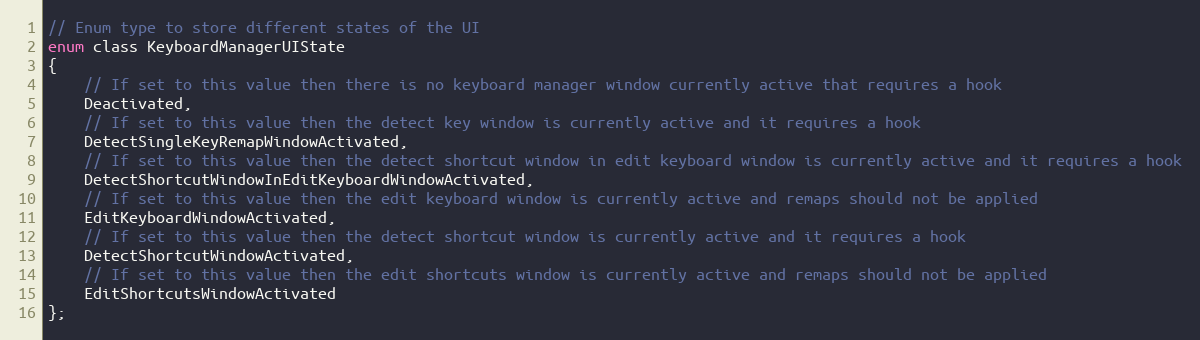
Language: C
// Enum type to store different states of the UI
enum class KeyboardManagerUIState
{
    // If set to this value then there is no keyboard manager window currently active that requires a hook
    Deactivated,
    // If set to this value then the detect key window is currently active and it requires a hook
    DetectSingleKeyRemapWindowActivated,
    // If set to this value then the detect shortcut window in edit keyboard window is currently active and it requires a hook
    DetectShortcutWindowInEditKeyboardWindowActivated,
    // If set to this value then the edit keyboard window is currently active and remaps should not be applied
    EditKeyboardWindowActivated,
    // If set to this value then the detect shortcut window is currently active and it requires a hook
    DetectShortcutWindowActivated,
    // If set to this value then the edit shortcuts window is currently active and remaps should not be applied
    EditShortcutsWindowActivated
};